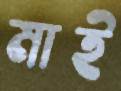
মাই